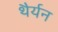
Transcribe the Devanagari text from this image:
थैर्यन